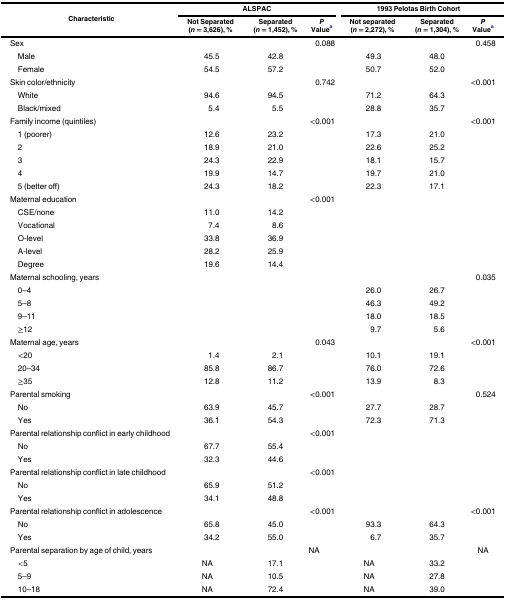
<table><thead><tr><td rowspan="2"><b>Characteristic</b></td><td colspan="3"><b>ALSPAC</b></td><td colspan="3"><b>1993 Pelotas Birth Cohort</b></td></tr><tr><td><b>Not Separated (<i>n</i> = 3,626), %</b></td><td><b>Separated (<i>n</i> = 1,452), %</b></td><td><b><i>P</i> Value<sup>a</sup></b></td><td><b>Not separated (<i>n</i> = 2,272), %</b></td><td><b>Separated (<i>n</i> = 1,304), %</b></td><td><b><i>P</i> Value<sup>a</sup></b></td></tr></thead><tbody><tr><td>Sex</td><td></td><td></td><td>0.088</td><td></td><td></td><td>0.458</td></tr><tr><td> Male</td><td>45.5</td><td>42.8</td><td></td><td>49.3</td><td>48.0</td><td></td></tr><tr><td> Female</td><td>54.5</td><td>57.2</td><td></td><td>50.7</td><td>52.0</td><td></td></tr><tr><td>Skin color/ethnicity</td><td></td><td></td><td>0.742</td><td></td><td></td><td>&lt;0.001</td></tr><tr><td> White</td><td>94.6</td><td>94.5</td><td></td><td>71.2</td><td>64.3</td><td></td></tr><tr><td> Black/mixed</td><td>5.4</td><td>5.5</td><td></td><td>28.8</td><td>35.7</td><td></td></tr><tr><td>Family income (quintiles)</td><td></td><td></td><td>&lt;0.001</td><td></td><td></td><td>&lt;0.001</td></tr><tr><td> 1 (poorer)</td><td>12.6</td><td>23.2</td><td></td><td>17.3</td><td>21.0</td><td></td></tr><tr><td> 2</td><td>18.9</td><td>21.0</td><td></td><td>22.6</td><td>25.2</td><td></td></tr><tr><td> 3</td><td>24.3</td><td>22.9</td><td></td><td>18.1</td><td>15.7</td><td></td></tr><tr><td> 4</td><td>19.9</td><td>14.7</td><td></td><td>19.7</td><td>21.0</td><td></td></tr><tr><td> 5 (better off)</td><td>24.3</td><td>18.2</td><td></td><td>22.3</td><td>17.1</td><td></td></tr><tr><td>Maternal education</td><td></td><td></td><td>&lt;0.001</td><td></td><td></td><td></td></tr><tr><td> CSE/none</td><td>11.0</td><td>14.2</td><td></td><td></td><td></td><td></td></tr><tr><td> Vocational</td><td>7.4</td><td>8.6</td><td></td><td></td><td></td><td></td></tr><tr><td> O-level</td><td>33.8</td><td>36.9</td><td></td><td></td><td></td><td></td></tr><tr><td> A-level</td><td>28.2</td><td>25.9</td><td></td><td></td><td></td><td></td></tr><tr><td> Degree</td><td>19.6</td><td>14.4</td><td></td><td></td><td></td><td></td></tr><tr><td>Maternal schooling, years</td><td></td><td></td><td></td><td></td><td></td><td>0.035</td></tr><tr><td> 0–4</td><td></td><td></td><td></td><td>26.0</td><td>26.7</td><td></td></tr><tr><td> 5–8</td><td></td><td></td><td></td><td>46.3</td><td>49.2</td><td></td></tr><tr><td> 9–11</td><td></td><td></td><td></td><td>18.0</td><td>18.5</td><td></td></tr><tr><td> ≥12</td><td></td><td></td><td></td><td>9.7</td><td>5.6</td><td></td></tr><tr><td>Maternal age, years</td><td></td><td></td><td>0.043</td><td></td><td></td><td>&lt;0.001</td></tr><tr><td> &lt;20</td><td>1.4</td><td>2.1</td><td></td><td>10.1</td><td>19.1</td><td></td></tr><tr><td> 20–34</td><td>85.8</td><td>86.7</td><td></td><td>76.0</td><td>72.6</td><td></td></tr><tr><td> ≥35</td><td>12.8</td><td>11.2</td><td></td><td>13.9</td><td>8.3</td><td></td></tr><tr><td>Parental smoking</td><td></td><td></td><td>&lt;0.001</td><td></td><td></td><td>0.524</td></tr><tr><td> No</td><td>63.9</td><td>45.7</td><td></td><td>27.7</td><td>28.7</td><td></td></tr><tr><td> Yes</td><td>36.1</td><td>54.3</td><td></td><td>72.3</td><td>71.3</td><td></td></tr><tr><td>Parental relationship conflict in early childhood</td><td></td><td></td><td>&lt;0.001</td><td></td><td></td><td></td></tr><tr><td> No</td><td>67.7</td><td>55.4</td><td></td><td></td><td></td><td></td></tr><tr><td> Yes</td><td>32.3</td><td>44.6</td><td></td><td></td><td></td><td></td></tr><tr><td>Parental relationship conflict in late childhood</td><td></td><td></td><td>&lt;0.001</td><td></td><td></td><td></td></tr><tr><td> No</td><td>65.9</td><td>51.2</td><td></td><td></td><td></td><td></td></tr><tr><td> Yes</td><td>34.1</td><td>48.8</td><td></td><td></td><td></td><td></td></tr><tr><td>Parental relationship conflict in adolescence</td><td></td><td></td><td>&lt;0.001</td><td></td><td></td><td>&lt;0.001</td></tr><tr><td> No</td><td>65.8</td><td>45.0</td><td></td><td>93.3</td><td>64.3</td><td></td></tr><tr><td> Yes</td><td>34.2</td><td>55.0</td><td></td><td>6.7</td><td>35.7</td><td></td></tr><tr><td>Parental separation by age of child, years</td><td></td><td></td><td>NA</td><td></td><td></td><td>NA</td></tr><tr><td> &lt;5</td><td>NA</td><td>17.1</td><td></td><td>NA</td><td>33.2</td><td></td></tr><tr><td> 5–9</td><td>NA</td><td>10.5</td><td></td><td>NA</td><td>27.8</td><td></td></tr><tr><td> 10–18</td><td>NA</td><td>72.4</td><td></td><td>NA</td><td>39.0</td><td></td></tr></tbody></table>